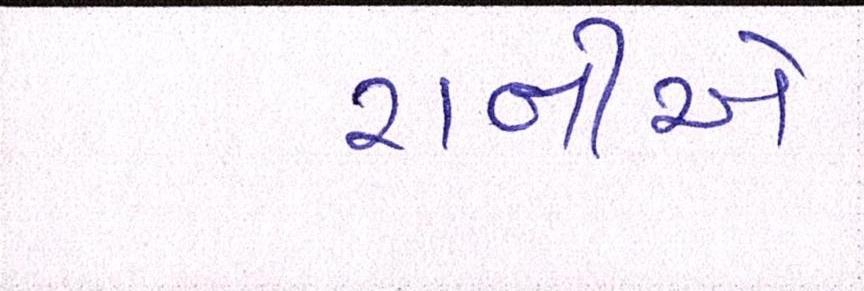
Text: રાનીએ